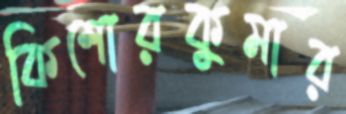
কিশোরকুমার